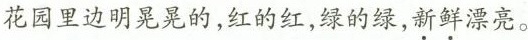
花园里边明晃晃的，红的红，绿的绿，新鲜漂亮。